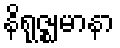
နိရုဇ္ဈမာနာ